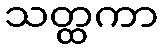
သတ္ထကာ